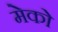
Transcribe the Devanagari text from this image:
मेको